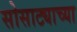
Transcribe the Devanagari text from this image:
सोसाट्याच्या